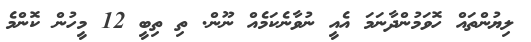
ލިޔުންތައް ހޮވަމުންދާނަމަ އެއީ ނުވާނެކަމެއް ނޫން. ތި ތިބީ 12 މީހުން ކޮންމެ